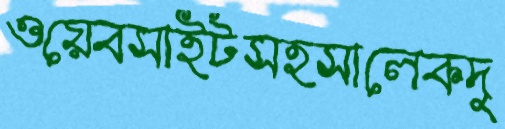
ওয়েবসাইটসহসালেকদু